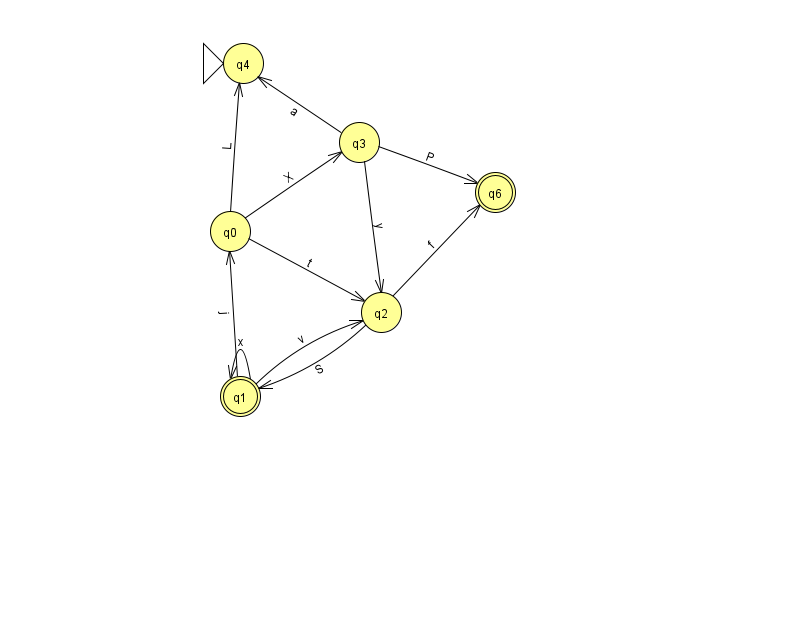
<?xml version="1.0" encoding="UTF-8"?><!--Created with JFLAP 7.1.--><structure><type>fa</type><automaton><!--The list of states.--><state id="0" name="q0"><x>230.0</x><y>218.0</y></state><state id="1" name="q1"><x>240.0</x><y>383.0</y><final/></state><state id="2" name="q2"><x>381.0</x><y>299.0</y></state><state id="3" name="q3"><x>359.0</x><y>129.0</y></state><state id="4" name="q4"><x>243.0</x><y>50.0</y><initial/></state><state id="6" name="q6"><x>495.0</x><y>179.0</y><final/></state><!--The list of transitions.--><transition><from>3</from><to>6</to><read>P</read></transition><transition><from>0</from><to>3</to><read>X</read></transition><transition><from>2</from><to>6</to><read>f</read></transition><transition><from>1</from><to>1</to><read>x</read></transition><transition><from>0</from><to>2</to><read>t</read></transition><transition><from>3</from><to>2</to><read>y</read></transition><transition><from>0</from><to>4</to><read>L</read></transition><transition><from>2</from><to>1</to><read>S</read></transition><transition><from>3</from><to>4</to><read>a</read></transition><transition><from>1</from><to>2</to><read>v</read></transition><transition><from>1</from><to>0</to><read>j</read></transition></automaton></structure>